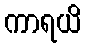
ကာရယိ